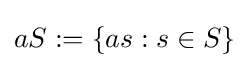
aS:=\{as:s\in S\}